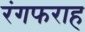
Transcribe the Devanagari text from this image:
रंगफराह